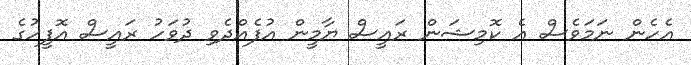
އެހެން ނަމަވެސް އެ ކޮމިޝަން ރައީސް ޔާމީން އުފެއްދެވި ދުވަހު ރައީސް އޮފީހުގެ